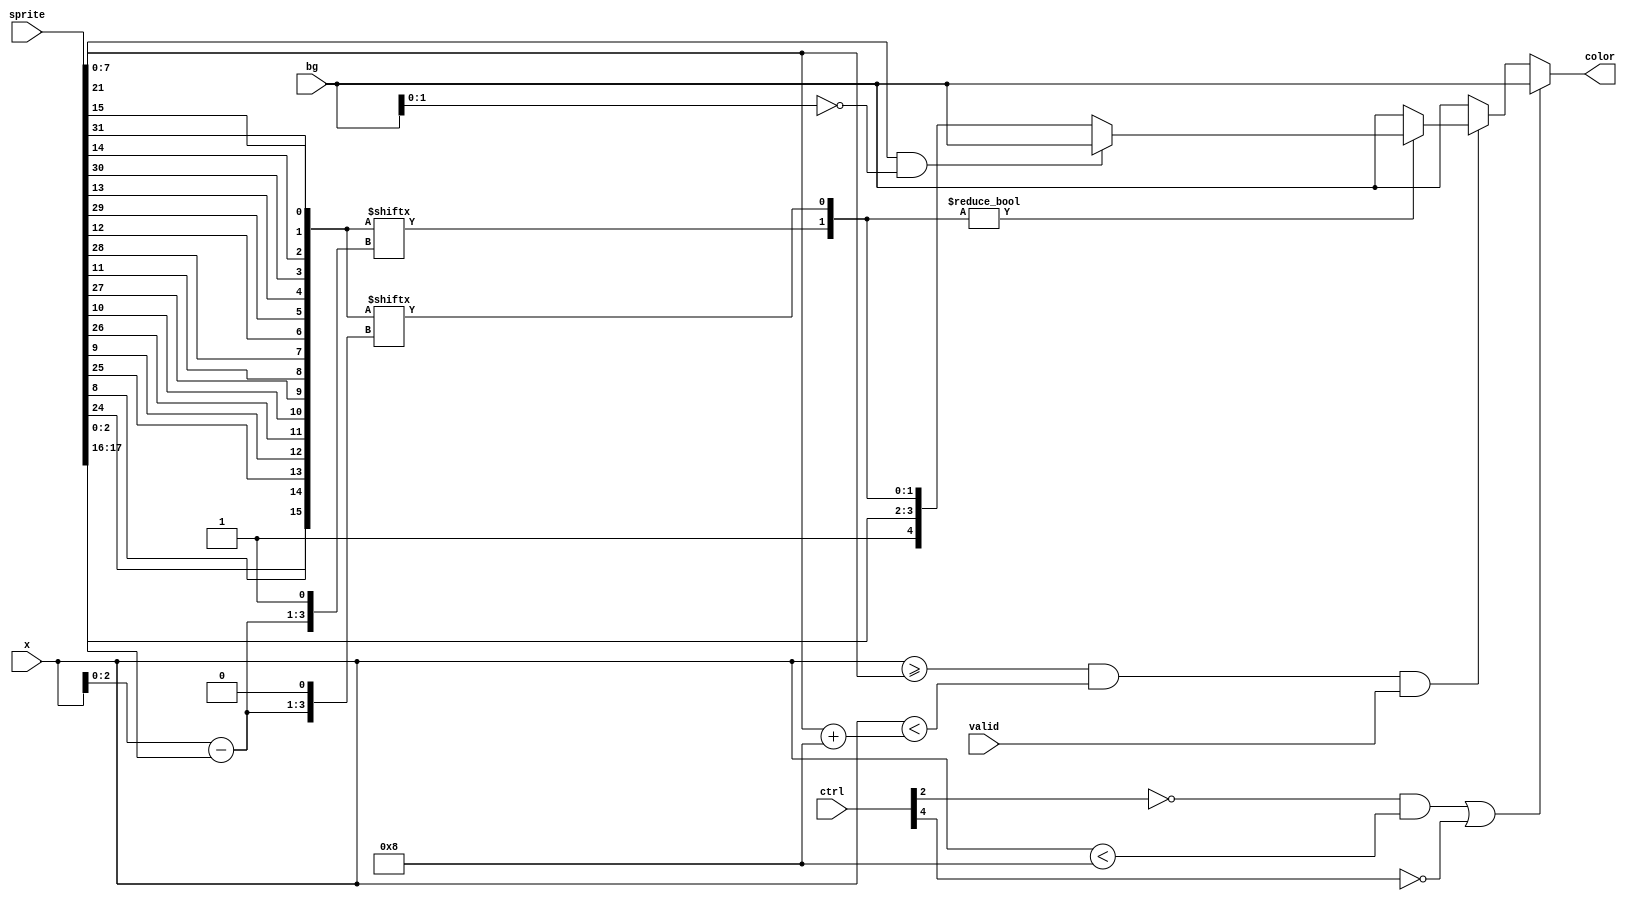
module evaluator(

    input wire         valid,       /* ? */
    input wire  [31:0] sprite,      /*    */
    input wire  [ 4:0] bg,          /*      */
    input wire  [ 8:0] x,           /*  X */
    output reg  [ 4:0] color,       /*  , color[4] -  */
    input wire  [ 7:0] ctrl         /*  */

);

/*     */
reg         opaque;
wire [2:0]  xbitn  = x - sprite[7:0];
wire [15:0] bits   = {sprite[24], sprite[ 8],
                      sprite[25], sprite[ 9],
                      sprite[26], sprite[10],
                      sprite[27], sprite[11],
                      sprite[28], sprite[12],
                      sprite[29], sprite[13],
                      sprite[30], sprite[14],
                      sprite[31], sprite[15]};

wire [3:0]  rcolor   = {sprite[17:16],               //    
                        bits[ {xbitn[2:0], 1'b1} ],  //    
                        bits[ {xbitn[2:0], 1'b0} ]}; //   */


always @* begin

    /*        */
    if (!ctrl[2] && x < 8 || !ctrl[4]) begin
    
        color = bg;      
    end

    /*  X */
    else if (x >= sprite[7:0] && x < (sprite[7:0] + 8) && valid) begin
    
        // ,   2    0
        opaque = rcolor[1:0] != 2'b00; 
        
        // 1.   -   
        // 2.  
        // 2.1    "  ",    0,   
        // 2.2      
        
        color  = opaque ? (sprite[16 + 5] && bg[1:0] == 2'b00 ? bg : {1'b1, rcolor}) : bg;
            
    end else begin
        
        color  = bg;    
    end

end

endmodule